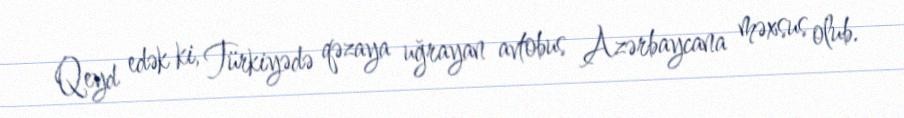
Qeyd edək ki, Türkiyədə qəzaya uğrayan avtobus Azərbaycana məxsus olub.